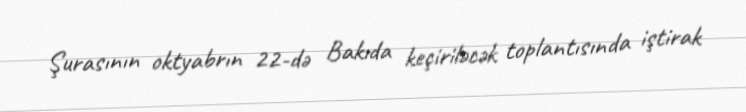
Şurasının oktyabrın 22-də Bakıda keçiriləcək toplantısında iştirak